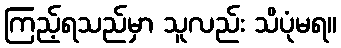
ကြည့်ရသည်မှာ သူလည်း သိပုံမရ။